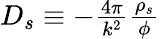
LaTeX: \begin{array}{r}{D_{s}\equiv-\frac{4\pi}{k^{2}}\frac{\rho_{s}}{\phi}}\end{array}